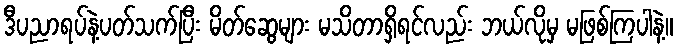
ဒီပညာရပ်နဲ့ပတ်သက်ပြီး မိတ်ဆွေများ မသိတာရှိရင်လည်း ဘယ်လိုမှ မဖြစ်ကြပါနဲ့။